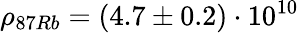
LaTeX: \rho_{87Rb}=(4.7\pm 0.2)\cdot 10^{10}